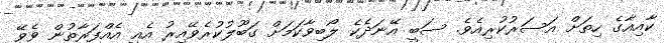
ކާއިއާގެ ހިތަށް އަސަރުކުރިއެވެ. ސަބީ އޭނަދެކެ ލޯބިވާކަމަށް ގަބޫލުކުރެވޭއިރު އެއީ އެއްފަރާތުން ވެވޭ